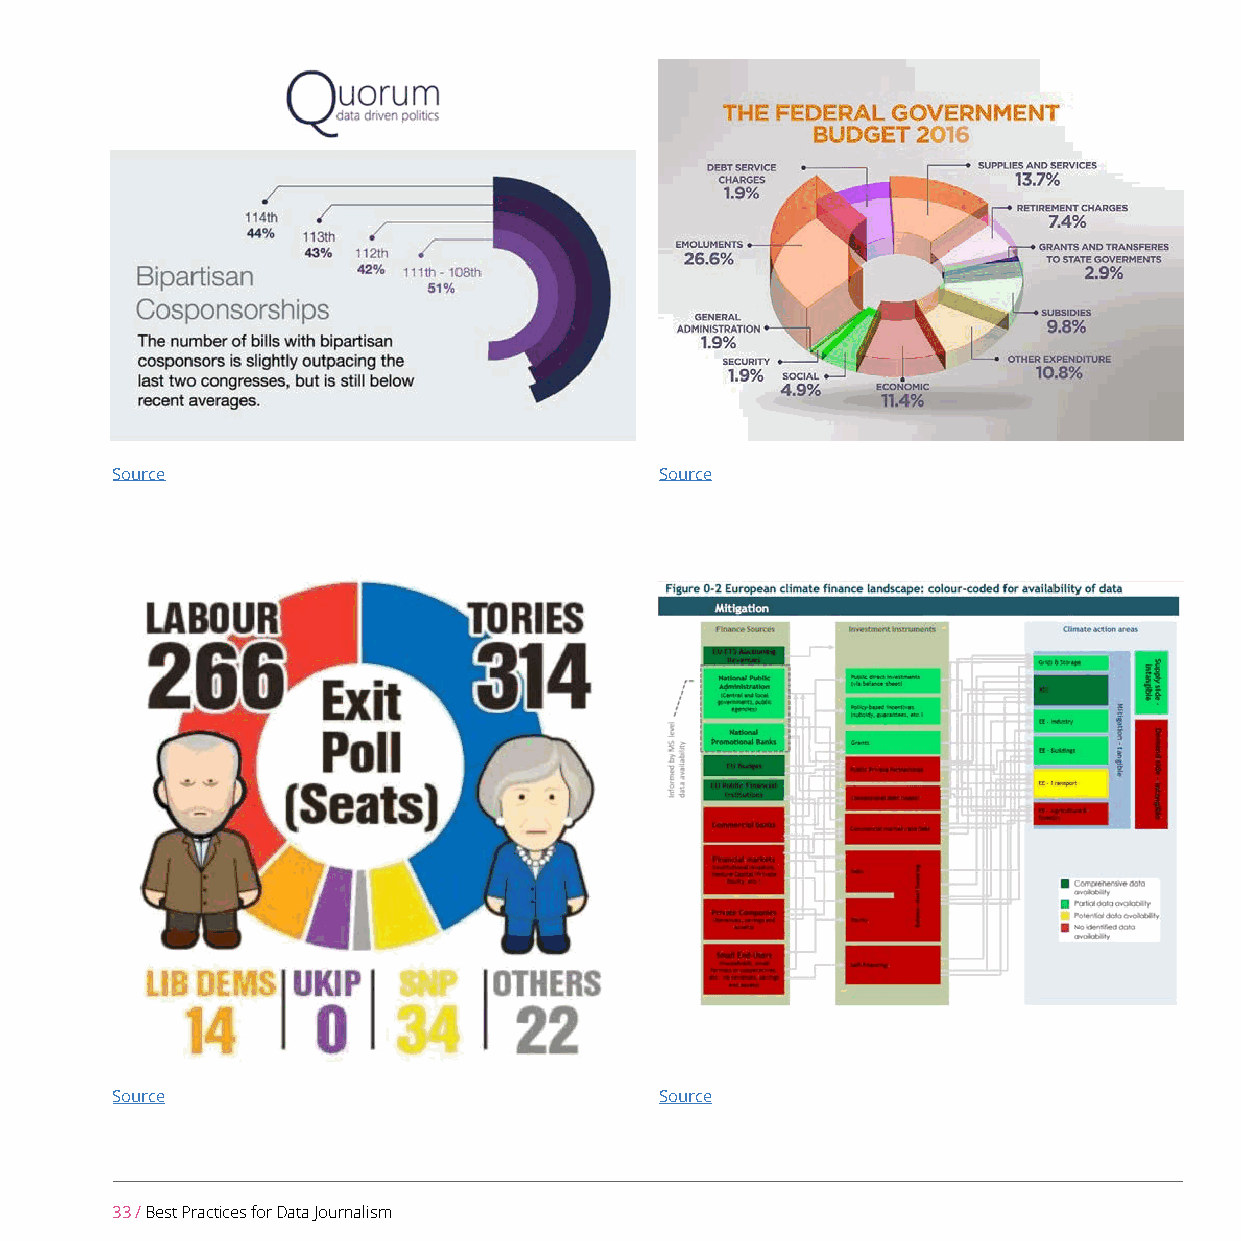
Source                               Source
 Source                               Source
 33 / Best Practices for Data Journalism